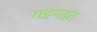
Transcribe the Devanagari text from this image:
गडगडत